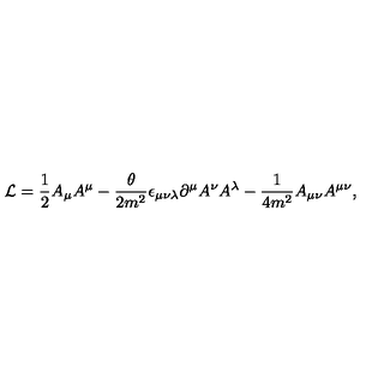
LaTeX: { \cal L } = { \frac { 1 } { 2 } } A _ { \mu } A ^ { \mu } - { \frac { \theta } { 2 m ^ { 2 } } } \epsilon _ { \mu \nu \lambda } \partial ^ { \mu } A ^ { \nu } A ^ { \lambda } - { \frac { 1 } { 4 m ^ { 2 } } } A _ { \mu \nu } A ^ { \mu \nu } ,